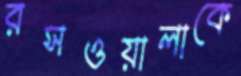
রসওয়ালাকে